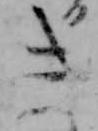
き